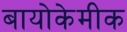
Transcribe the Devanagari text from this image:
बायोकेमीक